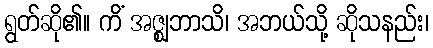
ရွတ်ဆို၏။ ကိံ အဇ္ဈဘာသိ၊ အဘယ်သို့ ဆိုသနည်း၊